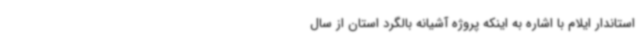
استاندار ایلام با اشاره به اینکه پروژه آشیانه بالگرد استان از سال